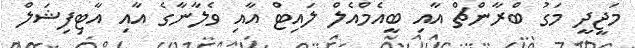
މަޖީދީ މަގު ބްރާންޗް އާއި ބީއެމްއެލް ލައިޓް އާއި ވެލާނާގެ އާއި އާޓިފިޝަލް